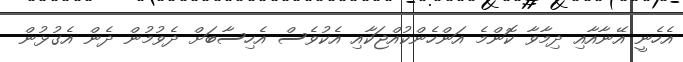
އެހެނީ އޭނާއާއި ދިމާވާ ކޮންމެ އަންހެންކުއްޖަކާއި އެކުވެސް އެހިސާބަށް ދެވުމުން ދެން އެގުޅުން